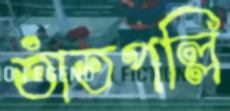
তাঁতপল্লি